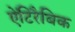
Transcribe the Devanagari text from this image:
ऐंटिरैबिक